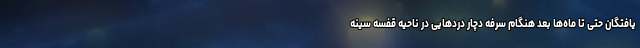
یافتگان حتی تا ماه‌ها بعد هنگام سرفه دچار دردهایی در ناحیه قفسه سینه